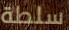
سلطة